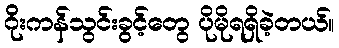
ဂိုးကန်သွင်းခွင့်တွေ ပိုမိုရရှိခဲ့တယ်။